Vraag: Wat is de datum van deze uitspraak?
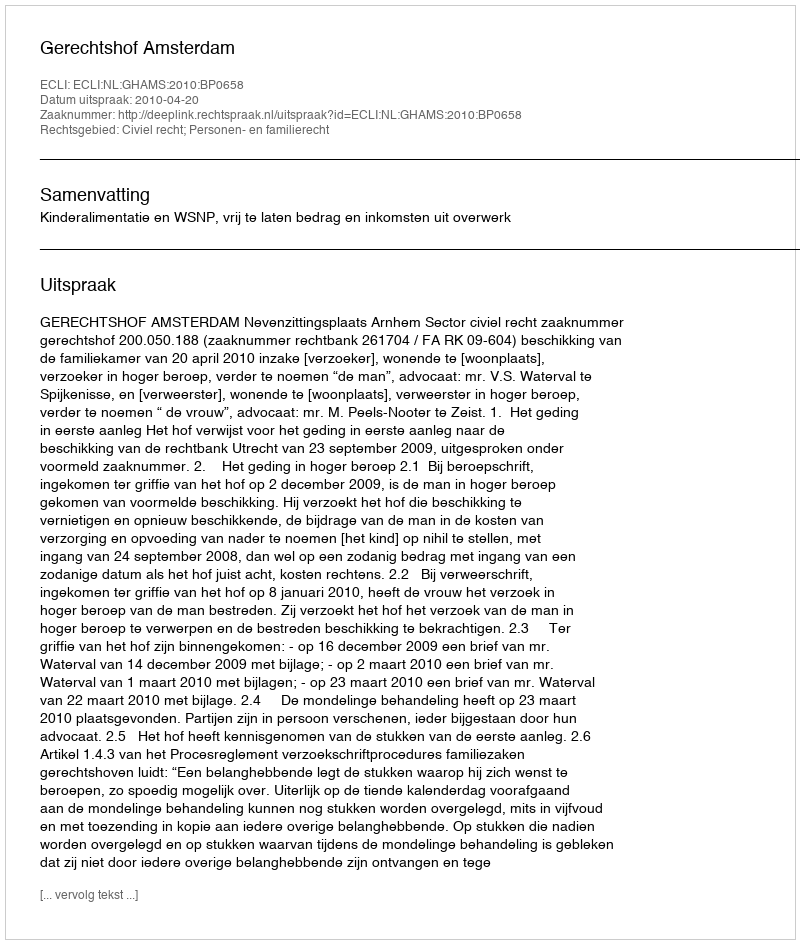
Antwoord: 2010-04-20